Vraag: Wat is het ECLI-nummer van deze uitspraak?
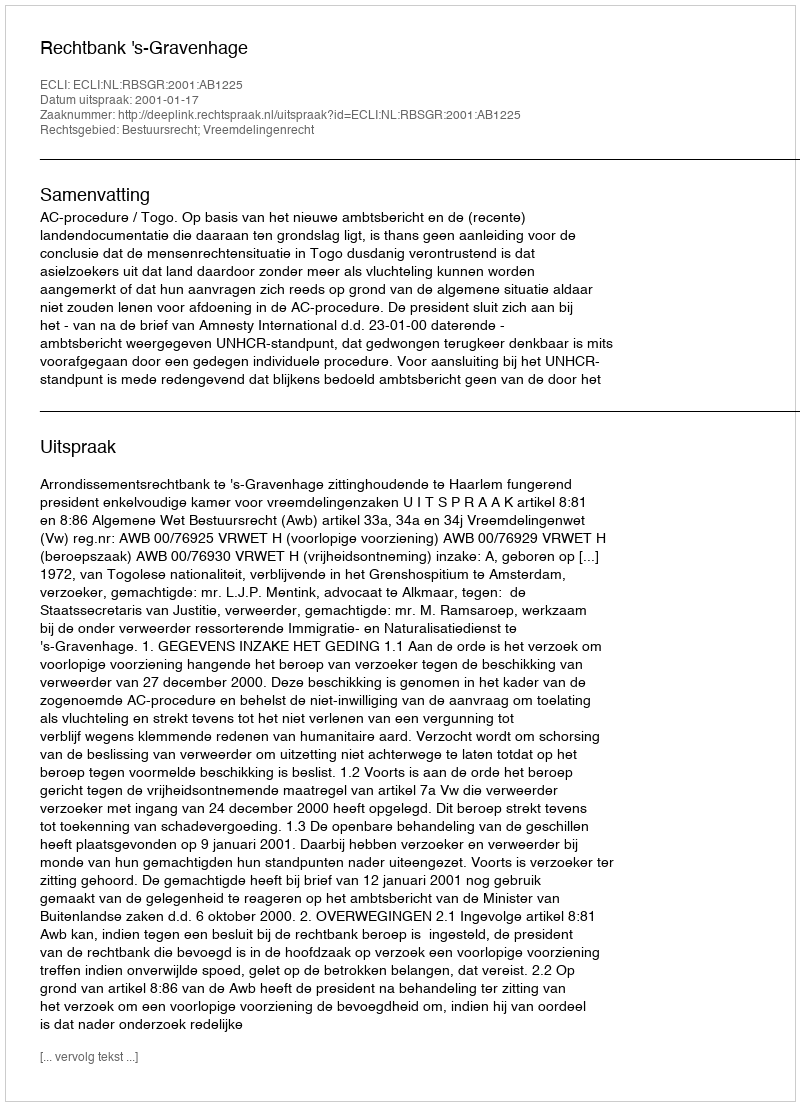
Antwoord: ECLI:NL:RBSGR:2001:AB1225